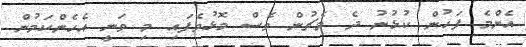
އެންމެ ފަހުން ކުޅުނު ދެ މެޗުން ވެސް މޮޅުވެފައި މި ވަނީ އެހެންކަމުން